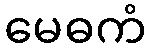
မေဓကံ